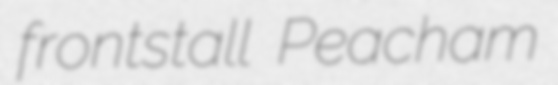
frontstall Peacham